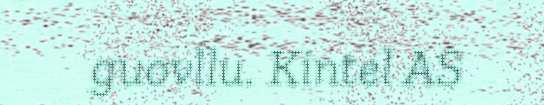
guovllu. Kintel AS